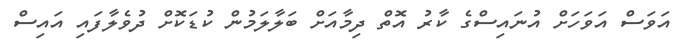
އަވަސް އަވަހަށް އުނައިސްގެ ކާރު އޮތް ދިމާއަށް ބަލާލަމުން ކުޑަކޮށް ދުވެލާފައި އައިސް